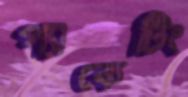
প্যাকেটিং